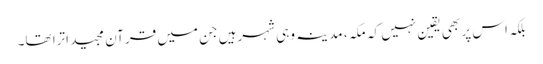
بلکہ اس پر بھی یقین نہیں کہ مکہ ، مدینہ وہی شہرہیں جن میں قرآن مجید اترا تھا۔